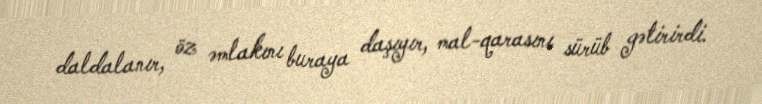
daldalanır, öz əmlakını buraya daşıyır, mal-qarasını sürüb gətirirdi.